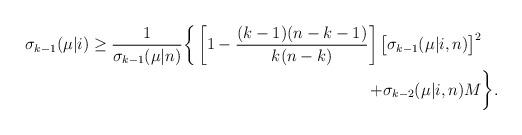
LaTeX: \begin{align*}\sigma_{k-1}(\mu|i)\ge \frac{1}{\sigma_{k-1}(\mu|n)}\bigg\{\left[1-\frac{(k-1)(n-k-1)}{k(n-k)}\right]\big[\sigma_{k-1}(\mu|i,n)\big]^2&\\+\sigma_{k-2}(\mu|i,n)M&\bigg\}.\end{align*}